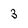
Character: 3